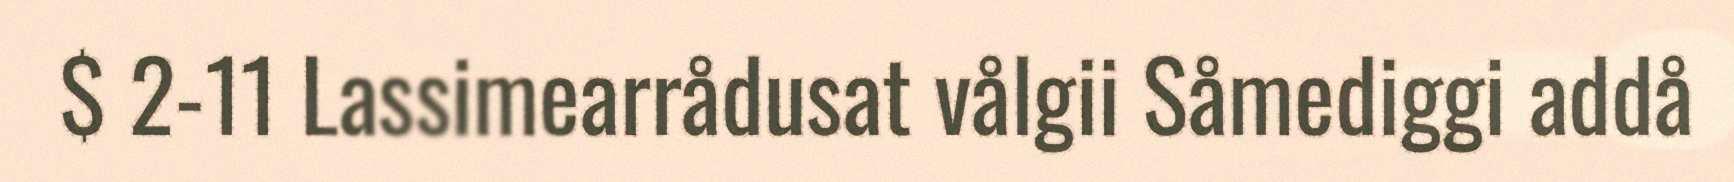
$ 2-11 Lassimearrådusat vålgii Såmediggi addå